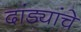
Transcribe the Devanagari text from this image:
दांड्यांचे